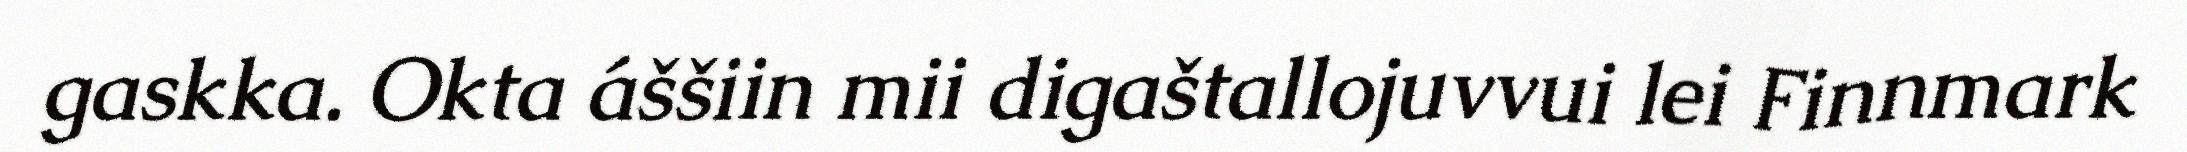
gaskka. Okta áššiin mii digaštallojuvvui lei Finnmark